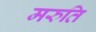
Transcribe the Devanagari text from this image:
मरुति